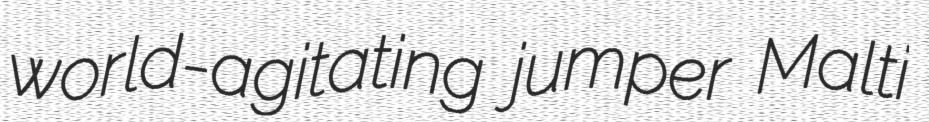
world-agitating jumper Malti